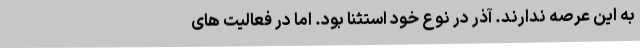
به این عرصه ندارند. آذر در نوع خود استثنا بود. اما در فعالیت های